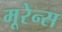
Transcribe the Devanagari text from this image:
मूरेन्स